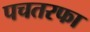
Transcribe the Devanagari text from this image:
पचतरफा